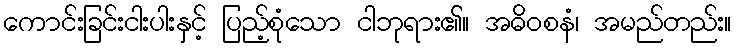
ကောင်းခြင်းငါးပါးနှင့် ပြည့်စုံသော ငါဘုရား၏။ အဓိဝစနံ၊ အမည်တည်း။